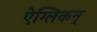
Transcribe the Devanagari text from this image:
ऐग्लिकन्